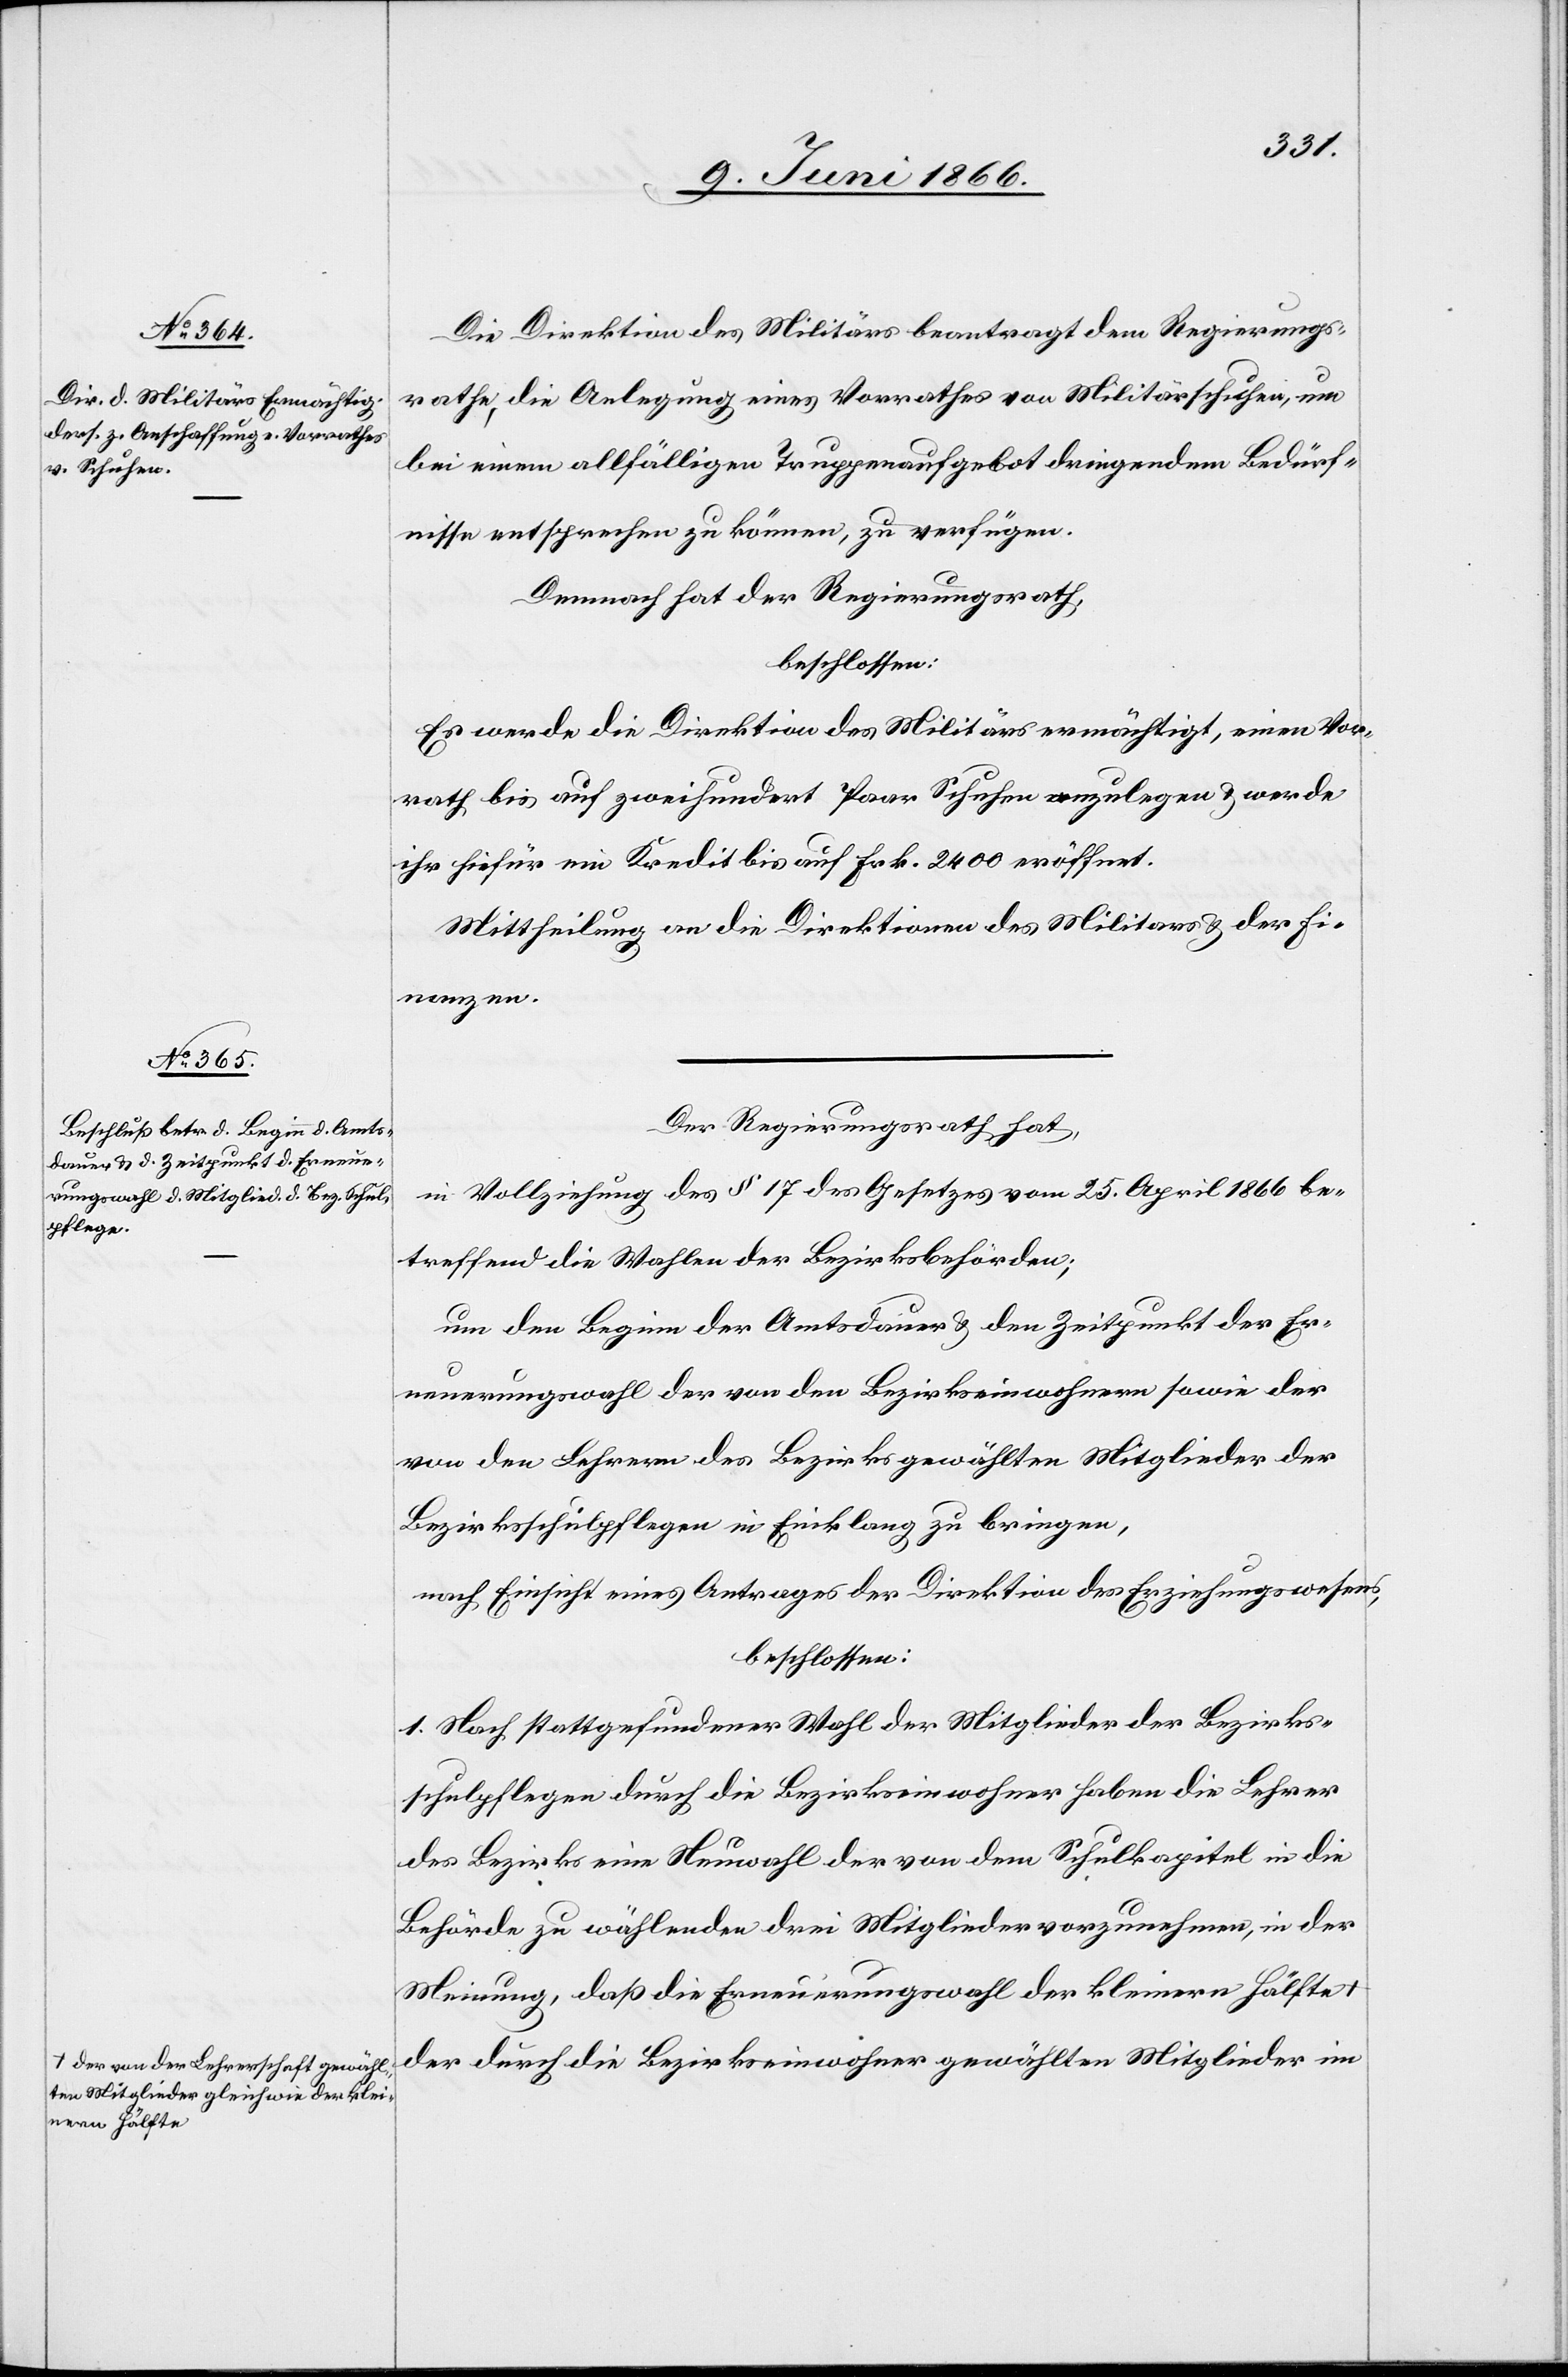
a-der von der Lehrerschaft gewähl¬
ten Mitglieder gleich wie der klei¬
nern Hälfte-a

Die Direktion des Militärs beantragt dem Regierungs¬
rathe, die Anlegung eines Vorrathes an Militärschuhen, um
bei einem allfälligen Truppenaufgebot dringendem Bedürf¬
nisse entsprechen zu könne, zu verfügen.
Demnach hat der Regierungsrath,
beschlossen:
Es werde die Direktion des Militärs ermächtigt, einen Vor¬
rath bis auf zweihundert Paar Schuhe anzulegen u. werde
ihr hiefür ein Kredit bis auf Frk. 2400 eröffnet.
Mittheilung an die Direktionen des Militärs u. der Fi¬
nanzen.
Der Regierungsrath hat,
in Vollziehung des § 17 des Gesetzes vom 25. April 1866 be¬
treffend die Wahlen der Bezirksbehörden,
um den Beginn der Amtsdauer u. den Zeitpunkt der Er¬
neuerungswahl der von den Bezirkseinwohnern sowie der
von den Lehrern des Bezirks gewählten Mitglieder der
Bezirksschulpflegen in Einklang zu bringen,
nach Einsicht eines Antrages der Direktion des Erziehungswesens,
beschlossen:
1. Nach stattgefundener Wahl der Mitglieder der Bezirks¬
schulpflegen durch die Bezirkseinwohner haben die Lehrer
des Bezirks eine Neuwahl der von dem Schulkapitel in die
Behörde zu wählenden drei Mitglieder vorzunehmen, in der
Meinung, daß die Erneuerungswahl der kleinern Hälfte
der durch die Bezirkseinwohner gewählten Mitglieder im